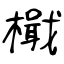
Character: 檝